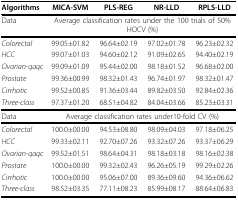
| Algorithms | MICA-SVM | PLS-REG | NR-LLD | RPLS-LLD |
 | --- | --- | --- | --- | --- |
 | Data | <COLSPAN=4> Average classification rates under the 100 trials of 50% HOCV (%) |
 | Colorectal | 99.05±01.82 | 96.64±02.19 | 97.02±01.78 | 96.23±02.32 |
 | HCC | 99.07±01.03 | 94.60±02.12 | 91.09±02.65 | 94.40±02.19 |
 | Ovarian-qaqc | 99.09±01.09 | 95.44±02.00 | 98.18±01.52 | 96.68±02.00 |
 | Prostate | 99.36±00.99 | 98.32±01.43 | 96.74±01.97 | 98.32±01.47 |
 | Cirrhotic | 99.52±00.85 | 91.36±03.44 | 89.82±03.50 | 92.84±02.36 |
 | Three-class | 97.37±01.20 | 68.51±04.82 | 84.04±03.66 | 85.23±03.31 |
 | Data | <COLSPAN=4> Average classification rates under10-fold CV (%) |
 | Colorectal | 100.0±00.00 | 94.53±08.80 | 98.09±04.03 | 97.18±06.25 |
 | HCC | 99.33±02.11 | 92.70±07.26 | 93.32±07.26 | 93.37±06.29 |
 | Ovarian-qaqc | 99.52±01.51 | 98.64±04.31 | 98.18±03.18 | 98.16±02.38 |
 | Prostate | 100.0±00.00 | 99.32±02.43 | 96.26±05.19 | 99.29±02.26 |
 | Cirrhotic | 100.0±00.00 | 95.06±07.00 | 89.36±09.60 | 94.36±06.62 |
 | Three-class | 98.52±03.35 | 77.11±08.23 | 85.99±08.17 | 88.64±06.83 |